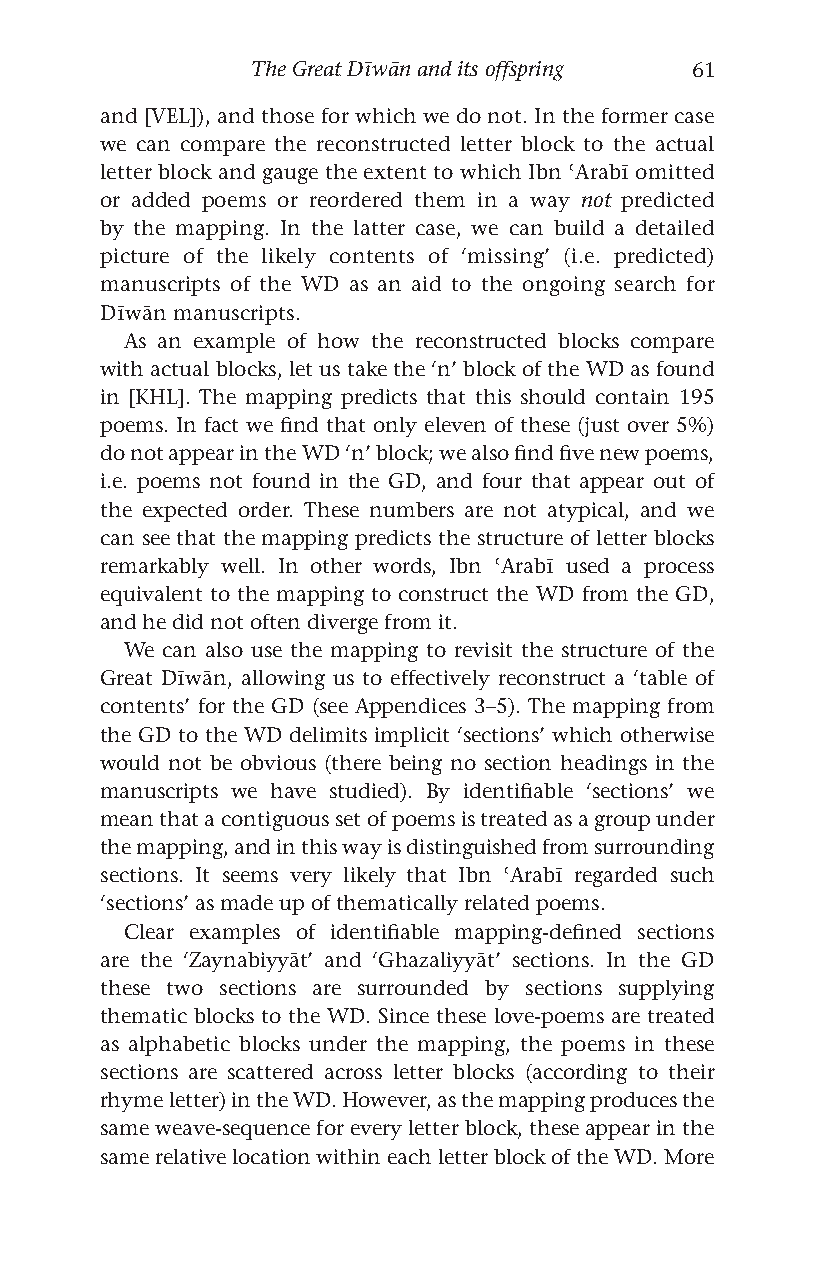
The Great Dīwān and its offspring 61
 and [VEL]), and those for which we do not. In the former case
 we can compare the reconstructed letter block to the actual
 letter block and gauge the extent to which Ibn ʿArabī omitted
 or added poems or reordered them in a way not predicted
 by the mapping. In the latter case, we can build a detailed
 picture of the likely contents of ‘missing’ (i.e. predicted)
 manuscripts of the WD as an aid to the ongoing search for
 Dīwān manuscripts.
 As an example of how the reconstructed blocks compare
 with actual blocks, let us take the ‘n’ block of the WD as found
 in [KHL]. The mapping predicts that this should contain 195
 poems. In fact we find that only eleven of these (just over 5%)
 do not appear in the WD ‘n’ block; we also find five new poems,
 i.e. poems not found in the GD, and four that appear out of
 the expected order. These numbers are not atypical, and we
 can see that the mapping predicts the structure of letter blocks
 remarkably well. In other words, Ibn ʿArabī used a process
 equivalent to the mapping to construct the WD from the GD,
 and he did not often diverge from it.
 We can also use the mapping to revisit the structure of the
 Great Dīwān, allowing us to effectively reconstruct a ‘table of
 contents’ for the GD (see Appendices 3–5). The mapping from
 the GD to the WD delimits implicit ‘sections’ which otherwise
 would not be obvious (there being no section headings in the
 manuscripts we have studied). By identifiable ‘sections’ we
 mean that a contiguous set of poems is treated as a group under
 the mapping, and in this way is distinguished from surrounding
 sections. It seems very likely that Ibn ʿArabī regarded such
 ‘sections’ as made up of thematically related poems.
 Clear examples of identifiable mapping-defined sections
 are the ‘Zaynabiyyāt’ and ‘Ghazaliyyāt’ sections. In the GD
 these two sections are surrounded by sections supplying
 thematic blocks to the WD. Since these love-poems are treated
 as alphabetic blocks under the mapping, the poems in these
 sections are scattered across letter blocks (according to their
 rhyme letter) in the WD. However, as the mapping produces the
 same weave-sequence for every letter block, these appear in the
 same relative location within each letter block of the WD. More